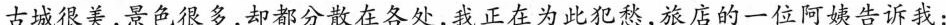
古城很美，景色很多，却都分散在各处，我正为此犯愁，旅店的以为阿姨告诉我，